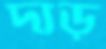
দাড়